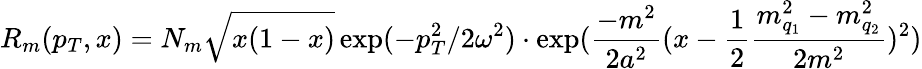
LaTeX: R_{m}(p_{T},x)=N_{m}\sqrt{x(1-x)}\exp(-p_{T}^{2}/2\omega^{2})\cdot\exp({\frac{-m^{2}}{2a^{2}}}(x-{\frac{1}{2}}{\frac{m_{q_{1}}^{2}-m_{q_{2}}^{2}}{2m^{2}}})^{2})